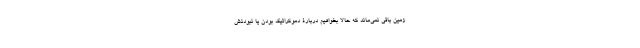
زمین باقی نمی‌ماند که حالا بخواهیم دربارۀ دموکراتیک بودن یا نبودنش